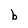
Character: b